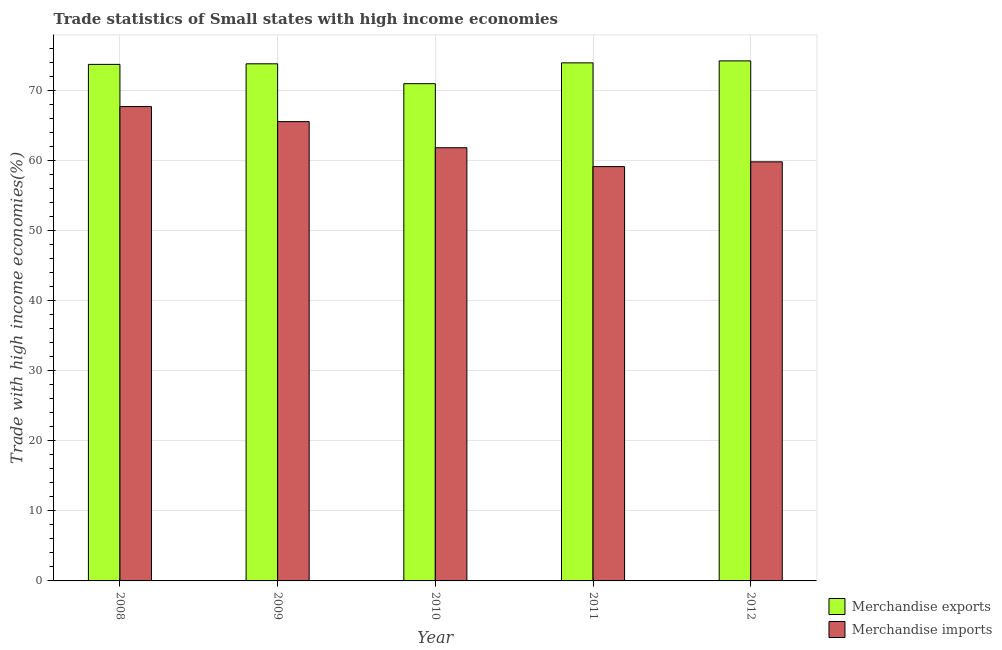
| Year | Merchandise exports | Merchandise imports |
 | --- | --- | --- |
 | 2008 | 73.7 | 67.7 |
 | 2009 | 73.8 | 65.6 |
 | 2010 | 71 | 61.8 |
 | 2011 | 74 | 59.1 |
 | 2012 | 74.2 | 59.8 |